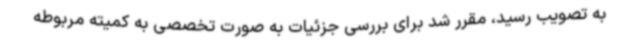
به تصویب رسید، مقرر شد برای بررسی جزئیات به صورت تخصصی به کمیته مربوطه